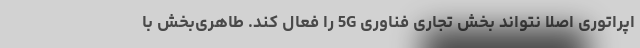
اپراتوری اصلا نتواند بخش تجاری فناوری 5G را فعال کند. طاهری‌بخش با